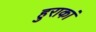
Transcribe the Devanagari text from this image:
हुराकां